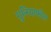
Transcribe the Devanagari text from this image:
गुनियाफॉल